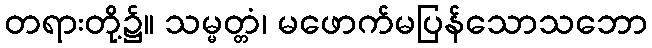
တရားတို့၌။ သမ္မတ္တံ၊ မဖောက်မပြန်သောသဘော